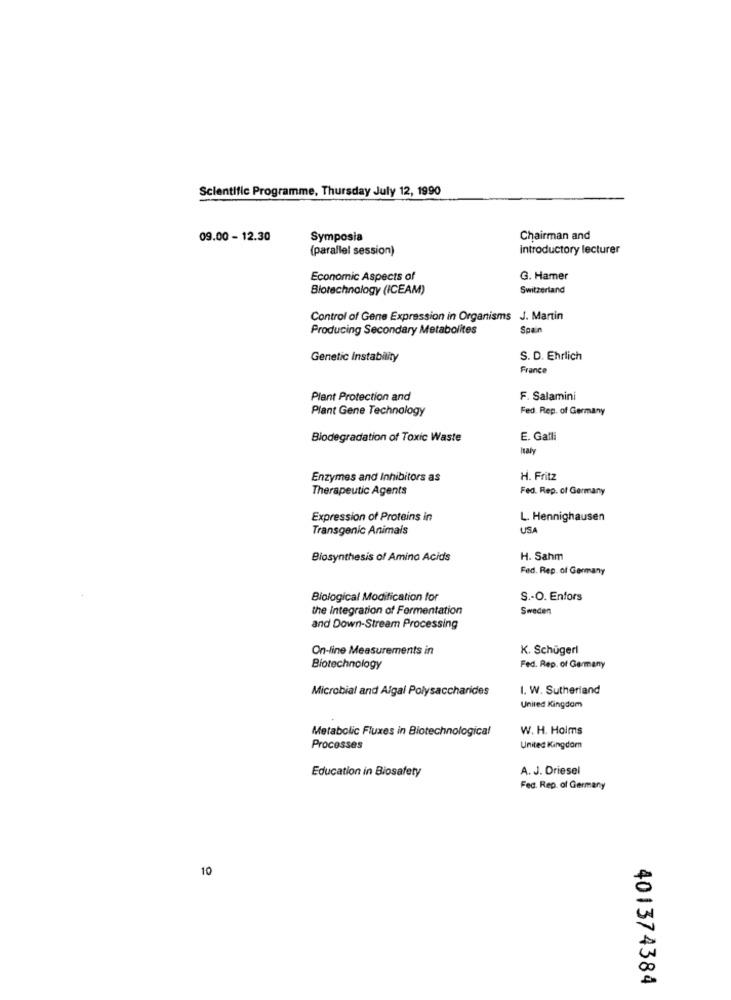
Scientific Programme, Thursday July 12, 1990
09.00 - 12.30
Symposia
Chairman and
(parallel session)
introductory lecturer
Economic Aspects of
G. Hamer
Biotechnology (ICEAM)
Switzerland
Control of Gene Expression in Organisms J. Martin
Producing Secondary Metabolites
Spain
Genetic Instability
S. D. Ehrlich
France
Plant Protection and
F. Salamini
Plant Gene Technology
Fed. Rep. of Germany
Biodegradation of Toxic Waste
E. Gatli
Italy
Enzymes and Inhibitors as
H. Fritz
Therapeutic Agents
Fed. Rep. of Germany
Expression of Proteins in
L. Hennighausen
Transgenic Animais
USA
Biosynthesis of Amino Acids
H. Sahm
Fed. Rep. of Germany
Biological Modification for
S .- O. Enfors
the integration of Fermentation
Sweden
and Down-Stream Processing
On-line Measurements in
K. Schügerl
Biotechnology
Fed. Rep. of Germany
Microbial and Algal Polysaccharides
1. W. Sutherland
United Kingdom
Metabolic Fluxes in Biotechnological
W. H. Holms
Processes
United Kingdom
Education in Biosafety
A. J. Driesel
Fec. Rep. of Germany
10
401374384